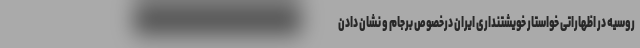
روسیه در اظهاراتی خواستار خویشتنداری ایران درخصوص برجام و نشان دادن